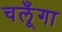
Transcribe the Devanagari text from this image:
चलूँगा